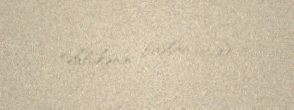
təhlükənin başlanğıcıdır.